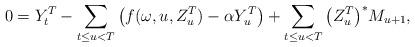
LaTeX: \begin{align*}0 = Y_t^T - \sum_{t \leq u < T} \big( f(\omega,u,Z_u^T) - \alpha Y_u^T \big) + \sum_{t \leq u < T} \big(Z_u^T\big)^{\ast}M_{u+1},\end{align*}